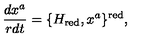
\frac { d x ^ { a } } { r d t } = \{ H _ { \mathrm { r e d } } , x ^ { a } \} ^ { \mathrm { r e d } } ,